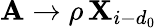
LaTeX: \mathbf{A}\to\rho\, \mathbf{X}_{i-d_{0}}